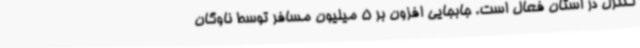
کنترل در استان فعال است. جابجایی افزون بر 5 میلیون مسافر توسط ناوگان